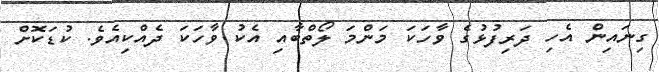
ގިނައިން އެހި ދަރިފުޅުގެ ވާހަކަ މަންމަ ލޯތްބާއި އެކު ވާހަކަ ދެއްކިއެވެ. ކުޑަކޮށް